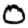
Digit: 0